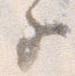
子